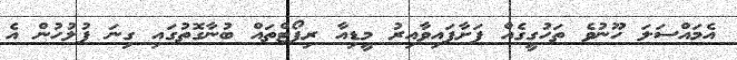
އެމައްސަލަ ހޫނުވެ ތަހުގީގެއް ފަށާފައިވާއިރު މީޑިއާ ރިޕޯޓްތައް ބުނާގޮތުގައި ގިނަ ފުލުހުން އެ